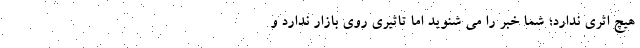
هیچ اثری ندارد؛ شما خبر را می شنوید اما تاثیری روی بازار ندارد و